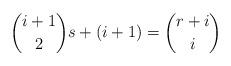
LaTeX: \begin{align*}\binom{i+1}{2}s+(i+1)=\binom{r+i}{i}\end{align*}